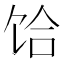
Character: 饸